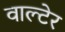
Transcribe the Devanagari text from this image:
वाल्टेर